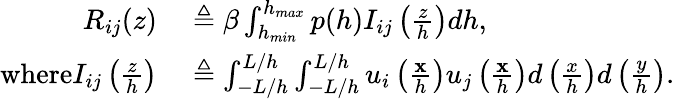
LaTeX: \begin{array}{rl}{R_{ij}(z)}&{{}\triangleq\beta\int_{h_{min}}^{h_{max}}p(h)I_{ij}\left(\frac{z}{h}\right)dh,}\\ {\textrm{where}I_{ij}\left(\frac{z}{h}\right)}&{{}\triangleq\int_{-L/h}^{L/h}\int_{-L/h}^{L/h}u_{i}\left(\frac{\mathbf{x}}{h}\right)u_{j}\left(\frac{\mathbf{x}}{h}\right)d\left(\frac{x}{h}\right)d\left(\frac{y}{h}\right).}\end{array}